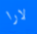
لارا